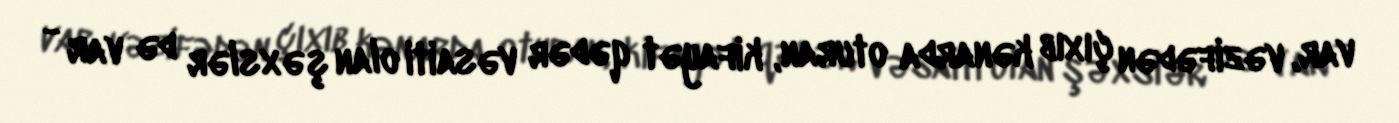
var, vəzifədən çıxıb kənarda oturan, kifayət qədər vəsaiti olan şəxslər də var -